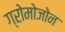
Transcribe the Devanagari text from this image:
ग्रोमोजोन